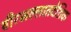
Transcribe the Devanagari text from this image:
वीरभल्लातदेशिक